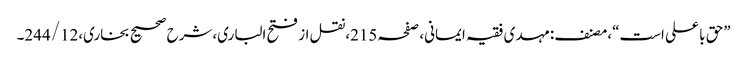
”حق با علی است“،مصنف:مہدی فقیہ ایمانی، صفحہ215،نقل از فتح الباری،شرح صحیح بخاری،244/12۔